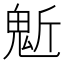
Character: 鬿